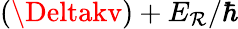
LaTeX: (\Deltakv)+E_{\mathcal{R}}/\hbar